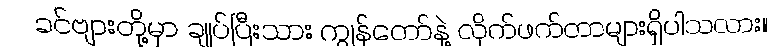
ခင်ဗျားတို့မှာ ချုပ်ပြီးသား ကျွန်တော်နဲ့ လိုက်ဖက်တာများရှိပါသလား။